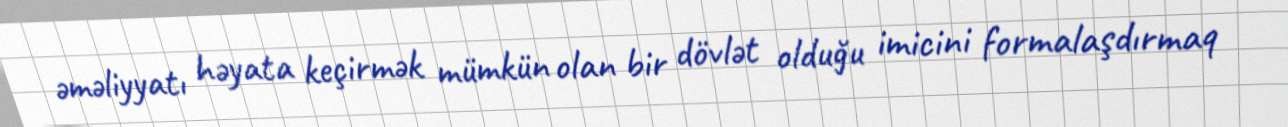
əməliyyatı həyata keçirmək mümkün olan bir dövlət olduğu imicini formalaşdırmaq